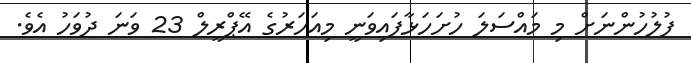
ފުލުހުންނަށް މި މައްސަލަ ހުށަހަޅާފައިވަނީ މިއަހަރުގެ އޭޕްރީލް 23 ވަނަ ދުވަހު އެވެ.